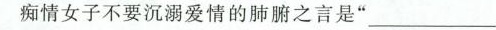
痴情女子不要沉溺爱情的肺腑之言是”___